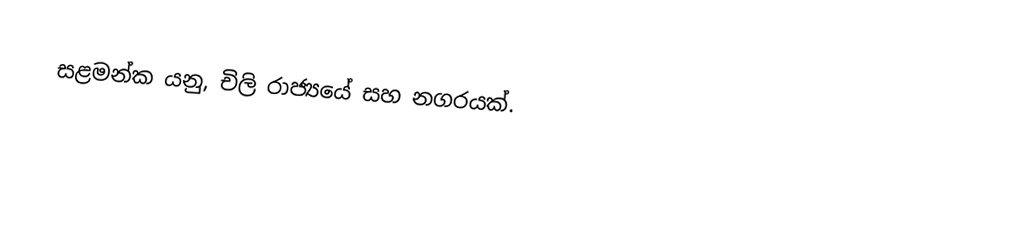
සළමන්ක යනු, චිලි රාජ්‍යයේ සහ නගරයක්.